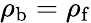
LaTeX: \rho_{\mathrm{b}}=\rho_{\mathrm{f}}